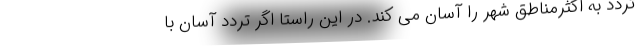
تردد به اکثرمناطق شهر را آسان می کند. در این راستا اگر تردد آسان با